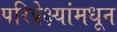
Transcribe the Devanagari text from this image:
परिप्रेक्ष्यांमधून